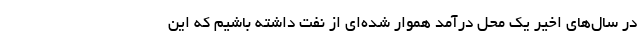
در سال‌های اخیر یک محل درآمد هموار شده‌ای از نفت داشته باشیم که این